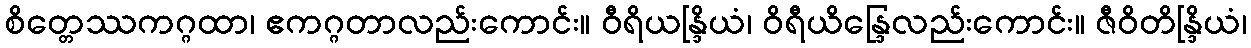
စိတ္တေဿကဂ္ဂထာ၊ ဧကဂ္ဂတာလည်းကောင်း။ ဝီရိယန္ဒြိယံ၊ ဝိရီယိန္ဒြေလည်းကောင်း။ ဇီဝိတိန္ဒြိယံ၊